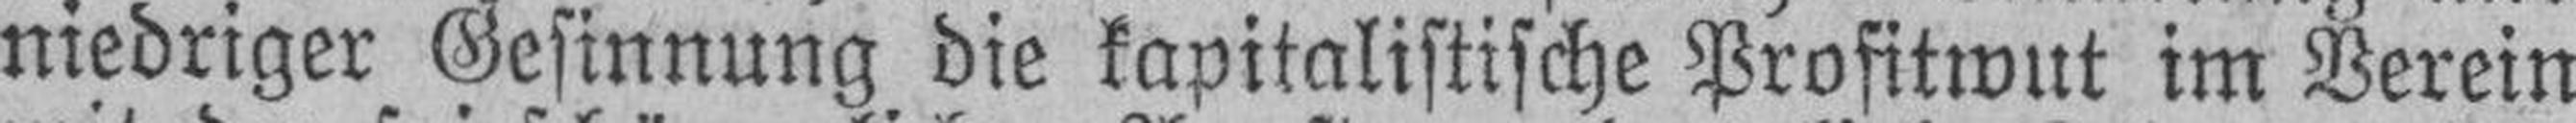
niedriger Gesinnung die kapitalistische Profitwut im Verein